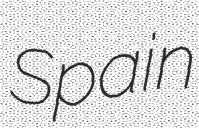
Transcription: Spain